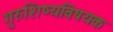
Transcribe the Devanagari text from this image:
गुरुशिष्यविषयक